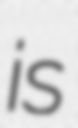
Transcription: is